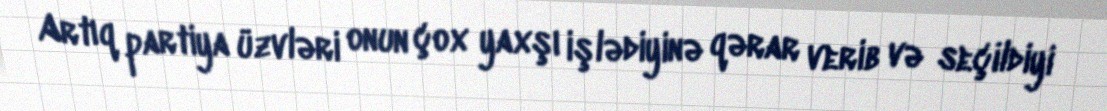
Artıq partiya üzvləri onun çox yaxşı işlədiyinə qərar verib və seçildiyi